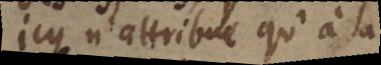
icy n’attribue qu’à la